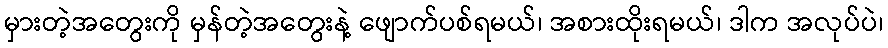
မှားတဲ့အတွေးကို မှန်တဲ့အတွေးနဲ့ ဖျောက်ပစ်ရမယ်၊ အစားထိုးရမယ်၊ ဒါက အလုပ်ပဲ၊